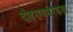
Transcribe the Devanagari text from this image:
दोहरावसरकता